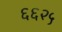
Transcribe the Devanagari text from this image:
६६२५